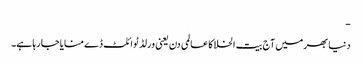
-
دنیا بھر میں آج بیت الخلا کا عالمی دن یعنی ورلڈ ٹوائلٹ ڈے منایا جا رہا ہے۔